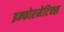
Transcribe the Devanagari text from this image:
इन्फोरमेटिक्स